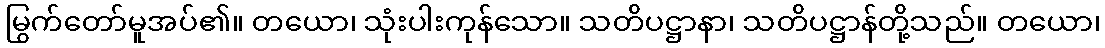
မြွက်တော်မူအပ်၏။ တယော၊ သုံးပါးကုန်သော။ သတိပဋ္ဌာနာ၊ သတိပဋ္ဌာန်တို့သည်။ တယော၊